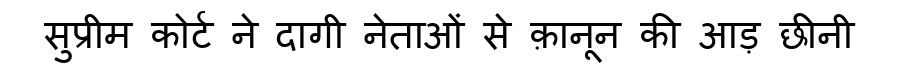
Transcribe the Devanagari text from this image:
सुप्रीम कोर्ट ने दागी नेताओं से क़ानून की आड़ छीनी